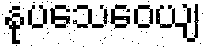
နုပသေဝေယျ